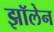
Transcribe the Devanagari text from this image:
झॉलेन